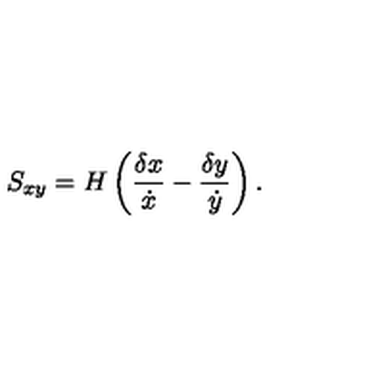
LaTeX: S _ { x y } = H \left( { \frac { \delta { x } } { \dot { x } } } - { \frac { \delta { y } } { \dot { y } } } \right) .